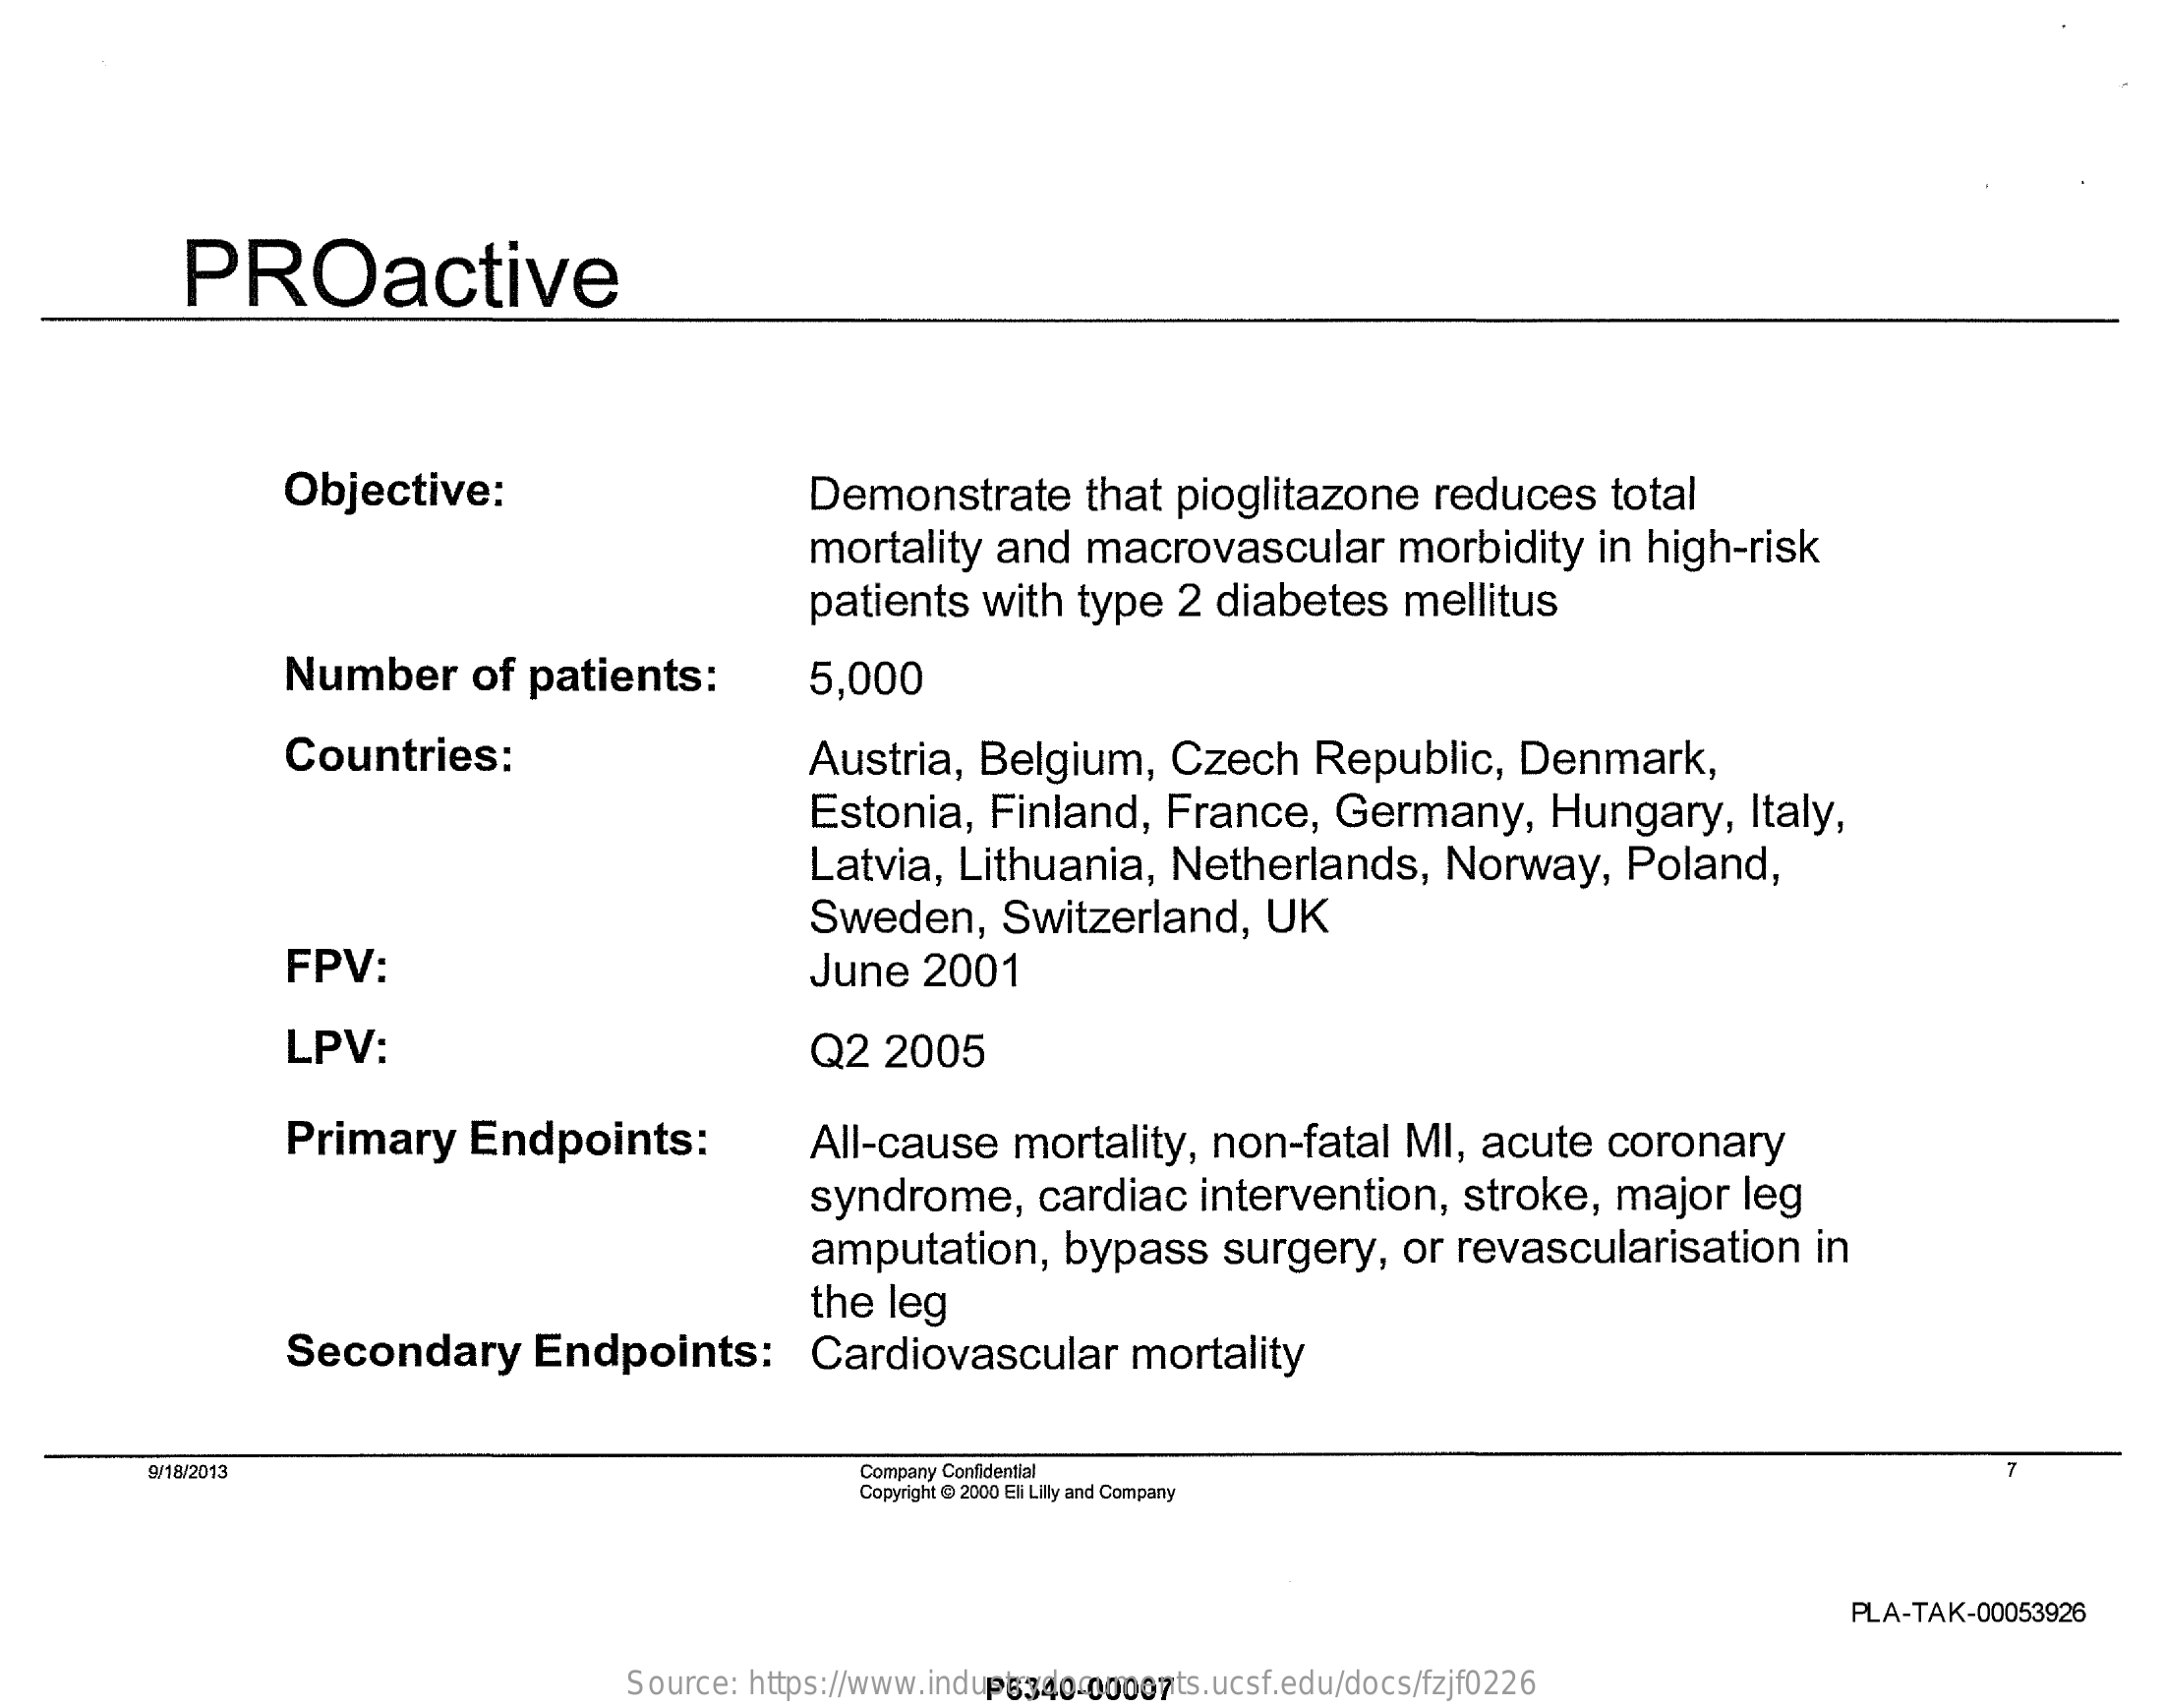
PROactive
     Objective:    Demonstrate    that   pioglitazone    reduces    total
     mortality    and   macrovascular    morbidity    in  high-risk
     patients    with   type    2  diabetes    mellitus
     Number    of  patients:    5,000
     Countries:    Austria,    Belgium,    Czech    Republic,    Denmark,
     Estonia,    Finland,    France,    Germany,    Hungary,    Italy,
     Latvia,    Lithuania,    Netherlands,    Norway,    Poland,
     Sweden,    Switzerland,    UK
     FPV:    June    2001
     LPV:    Q2   2005
     Primary    Endpoints:    All-cause    mortality,    non-fatal    MI,   acute    coronary
     syndrome,    cardiac    intervention,    stroke,    major    leg
     amputation,    bypass    surgery,    or  revascularisation    in
     the  leg
     Secondary    Endpoints:    Cardiovascular    mortality
     9/18/2013    Company Confidential
     Copyright @ 2000 Eli Lilly and Company
     PLA-TAK-00053926
     Source:  https://www.industrydocuments.ucsf.edu/docs/fzjf0226 P6340-00007